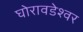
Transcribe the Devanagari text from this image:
घोरावडेश्वर